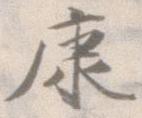
康